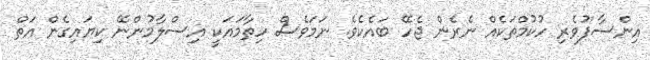
އިންސާފުވެރި ހުކުމްތަކެއް ނެރެން ޖެހޭ ބައެކެވެ. ނަމަވެސް ހިތާމައަކީ އިސްލާމުންނޭ ކިޔައިގެން އަތް